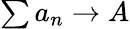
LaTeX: \textstyle\sum a_{n}\to A